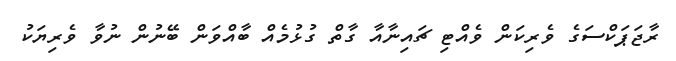
ރާޖަޕަކްސަގެ ވެރިކަން ވެއްޓި ޗައިނާއާ ގާތް ގުޅުމެއް ބާއްވަން ބޭނުން ނުވާ ވެރިޔަކު